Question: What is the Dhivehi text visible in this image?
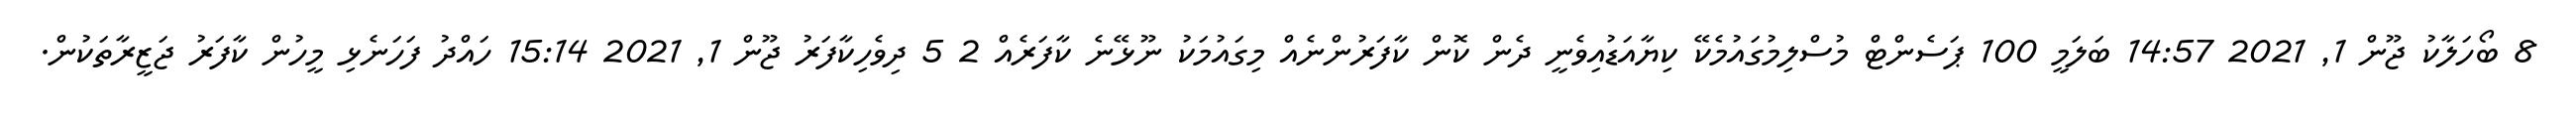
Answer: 8 ބޯހަލާކު ޖޫން 1, 2021 14:57 ބަލަމީ 100 ޕަސެންޓް މުސްލިމުގައުމެކޭ ކިޔާއަޑުއިވެނީ ދެން ކޮން ކާފަރުންނެއް މިގައުމަކު ނޫޅޭނެ ކާފަރެއް 2 5 ދިވެހިކާފަރު ޖޫން 1, 2021 15:14 ހައްދު ފަހަނެޅި މީހުން ކާފަރު ޖަޒީރާތަކުން.